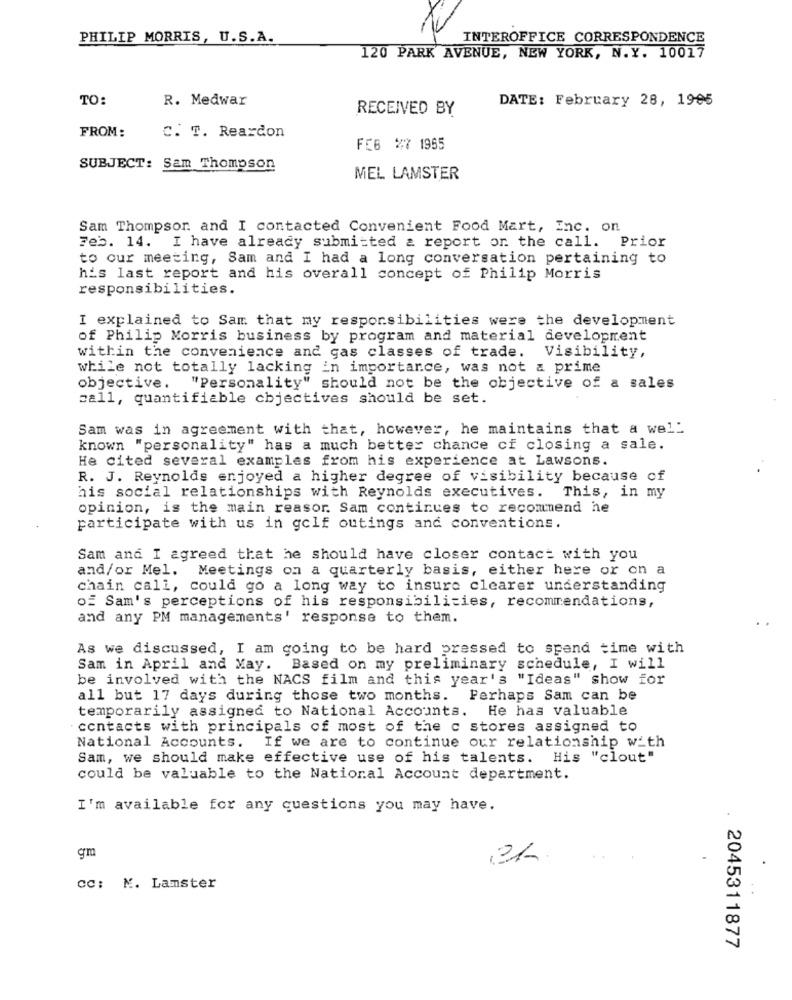
PHILIP MORRIS, U.S.A.
INTEROFFICE CORRESPONDENCE
120 PARK AVENUE, NEW YORK, N.Y. 10017
TO:
R. Medwar
DATE: February 28, 1995
RECEIVED BY
FROM:
C. T. Reardon
FEB 27 1965
SUBJECT: Sam Thompson
MEL LAMSTER
Sam Thompson. and I contacted Convenient Food Mart, Inc. on
Feb. 14. I have already submitted & report on the call. Prior
to our meeting, Sam and I had a long conversation pertaining to
h's last report and his overall concept of Philip Morris
responsibilities.
I explained to Sam that my responsibilities were the development
of Philip Morris business by program and material development
within the convenience and gas classes of trade. Visibility,
while not totally lacking in importance, was not a prime
objective. "Personality" should not be the objective of a sales
call, quantifiable cbjectives should be set.
Sam was in agreement with that, however, he maintains that a well
known "personality" has a much better chance cf closing a sale.
He cited several examples from his experience at Lawsons.
R. J. Reynolds enjoyed a higher degree of visibility because of
his social relationships with Reynolds executives. This, in my
opinion, is the main reasor. Sam continues to recommend he
participate with us in golf outings and conventions.
Sam and I agreed that he should have closer contact with you
and/or Mel. Meetings on a quarterly basis, either here or on a
chain call, could go a long way to insure clearer understanding
of Sam's perceptions of his responsibilities, recommendations,
and any PM managements' response to them.
As we discussed, I am going to be hard pressed to spend time with
Sam in April and May.
Based on my preliminary schedule, I will
be involved with the NACS film and this year's "Ideas" show for
all but 17 days during those two months. Perhaps Sam can be
temporarily assigned to National Accounts. He has valuable
contacts with principals of most of the c stores assigned to
National Accounts. If we are to continue our relationship with
Sam, we should make effective use of his talents. His "clout"
could be valuable to the National Account department.
I'm available for any questions you may have.
gm
cc: N. Lamster
2045311877